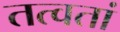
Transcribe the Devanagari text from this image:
तत्वतां